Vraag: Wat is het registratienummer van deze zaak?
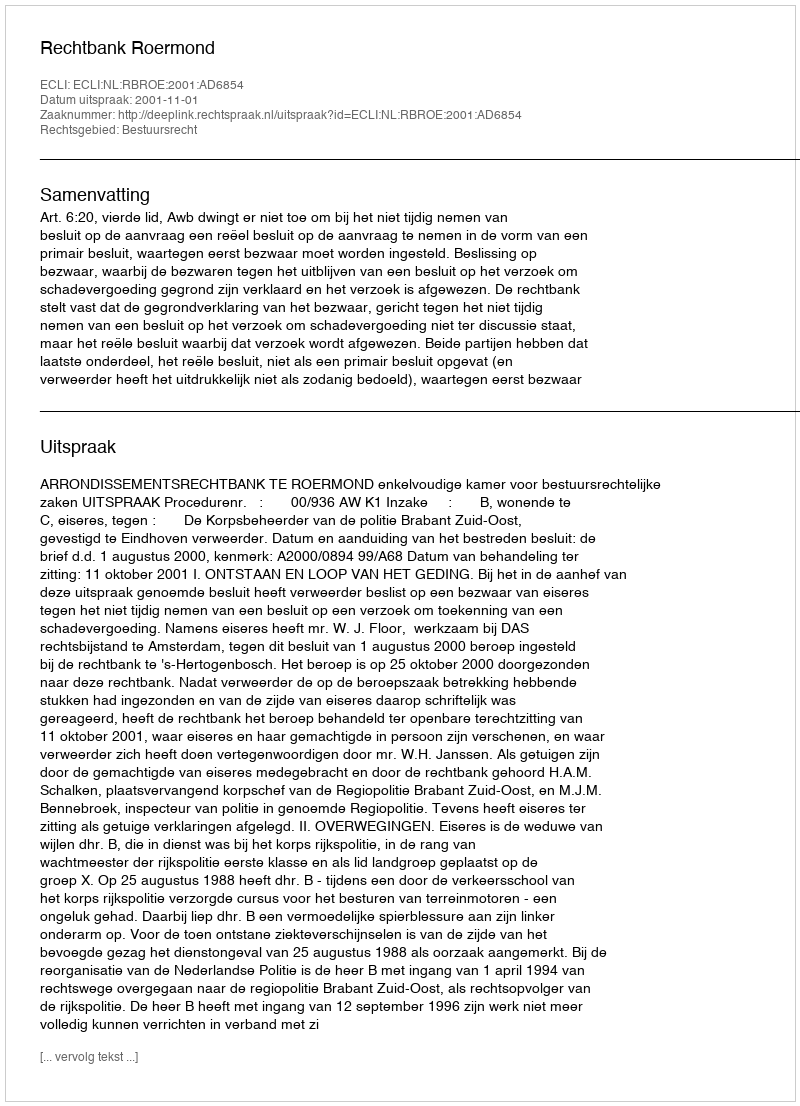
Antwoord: http://deeplink.rechtspraak.nl/uitspraak?id=ECLI:NL:RBROE:2001:AD6854